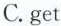
C. get